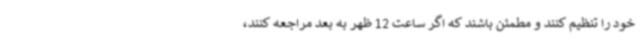
خود را تنظیم کنند و مطمئن باشند که اگر ساعت 12 ظهر به بعد مراجعه کنند،